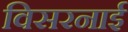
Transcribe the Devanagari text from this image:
विसरनाई